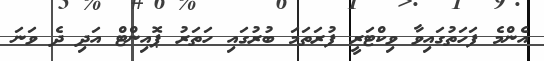
އެންމެ ފަހަތުގައިވާ ވިކްޓަރީ ފުރަތަމަ ބުރުގައި ހަތަރު ޕޮއިންޓް އަދި ދެ ވަނަ